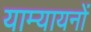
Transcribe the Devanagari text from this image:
याम्यायनों